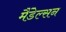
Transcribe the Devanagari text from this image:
मैंडेल्सन